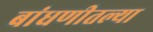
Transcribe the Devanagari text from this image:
बांधणीतल्या